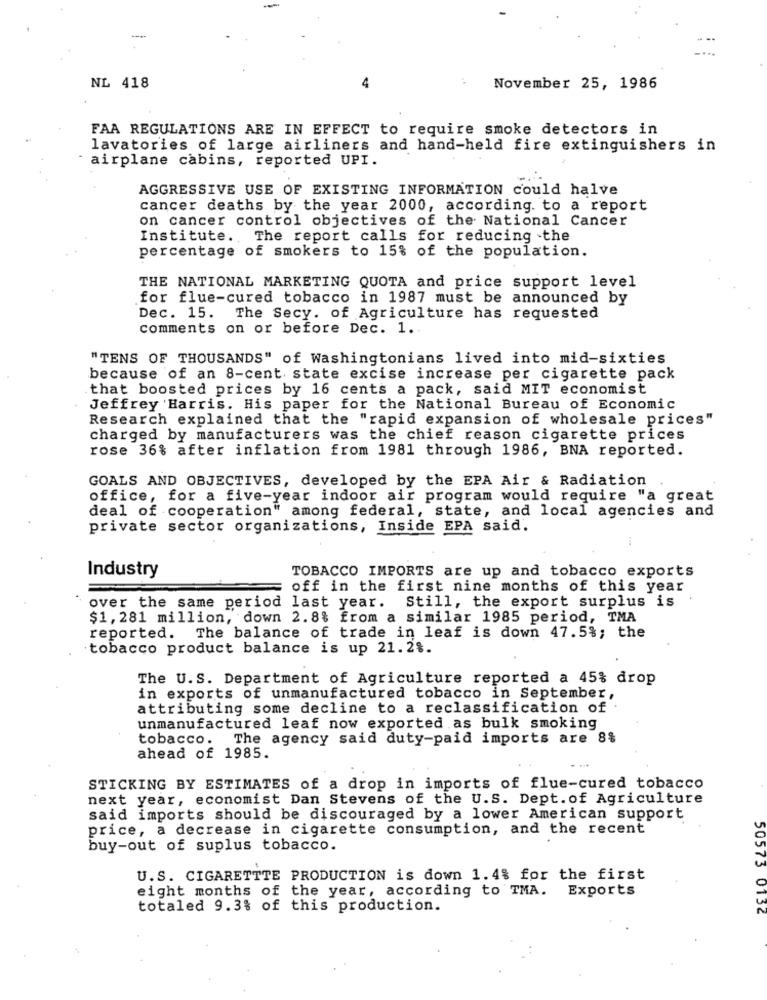
NL 418
4
November 25, 1986
FAA REGULATIONS ARE IN EFFECT to require smoke detectors in
lavatories of large airliners and hand-held fire extinguishers in
airplane cabins, reported UPI.
AGGRESSIVE USE OF EXISTING INFORMATION could halve
cancer deaths by the year 2000, according to a report
on cancer control objectives of the National Cancer
Institute. The report calls for reducing .the
percentage of smokers to 15% of the population.
THE NATIONAL MARKETING QUOTA and price support level
for flue-cured tobacco in 1987 must be announced by
Dec. 15.
The Secy. of Agriculture has requested
comments on or before Dec. 1 ..
"TENS OF THOUSANDS" of Washingtonians lived into mid-sixties
because of an 8-cent state excise increase per cigarette pack
that boosted prices by 16 cents a pack, said MIT economist
Jeffrey Harris. His paper for the National Bureau of Economic
Research explained that the "rapid expansion of wholesale prices"
charged by manufacturers was the chief reason cigarette prices
rose 36% after inflation from 1981 through 1986, BNA reported.
GOALS AND OBJECTIVES, developed by the EPA Air & Radiation
office, for a five-year indoor air program would require "a great
deal of cooperation" among federal, state, and local agencies and
private sector organizations, Inside EPA said.
TOBACCO IMPORTS are up and tobacco exports
Industry
off in the first nine months of this year
over the same period last year. Still, the export surplus is
$1, 281 million, down 2.8% from a similar 1985 period, TMA
reported. The balance of trade in leaf is down 47.5%; the
tobacco product balance is up 21.28.
The U.S. Department of Agriculture reported a 45% drop
in exports of unmanufactured tobacco in September,
attributing some decline to a reclassification of
unmanufactured leaf now exported as bulk smoking
tobacco. The agency said duty-paid imports are 8%
ahead of 1985.
STICKING BY ESTIMATES of a drop in imports of flue-cured tobacco
next year, economist Dan Stevens of the U.S. Dept. of Agriculture
said imports should be discouraged by a lower American support
price, a decrease in cigarette consumption, and the recent
buy-out of suplus tobacco.
U.S. CIGARETTTE PRODUCTION is down 1.4% for the first
eight months of the year, according to TMA. Exports
totaled 9.3% of this production.
50573 0132